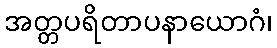
အတ္တပရိတာပနာယောဂံ၊